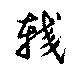
較